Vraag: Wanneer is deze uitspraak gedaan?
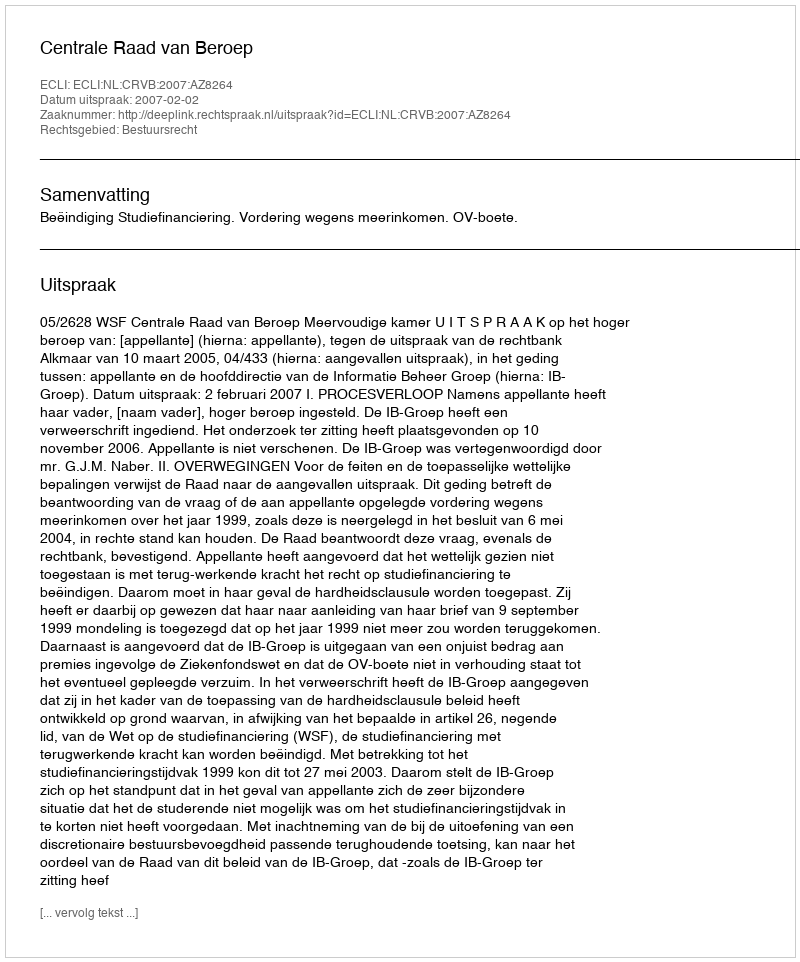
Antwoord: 2007-02-02